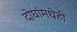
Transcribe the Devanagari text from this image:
दोघांमधेही